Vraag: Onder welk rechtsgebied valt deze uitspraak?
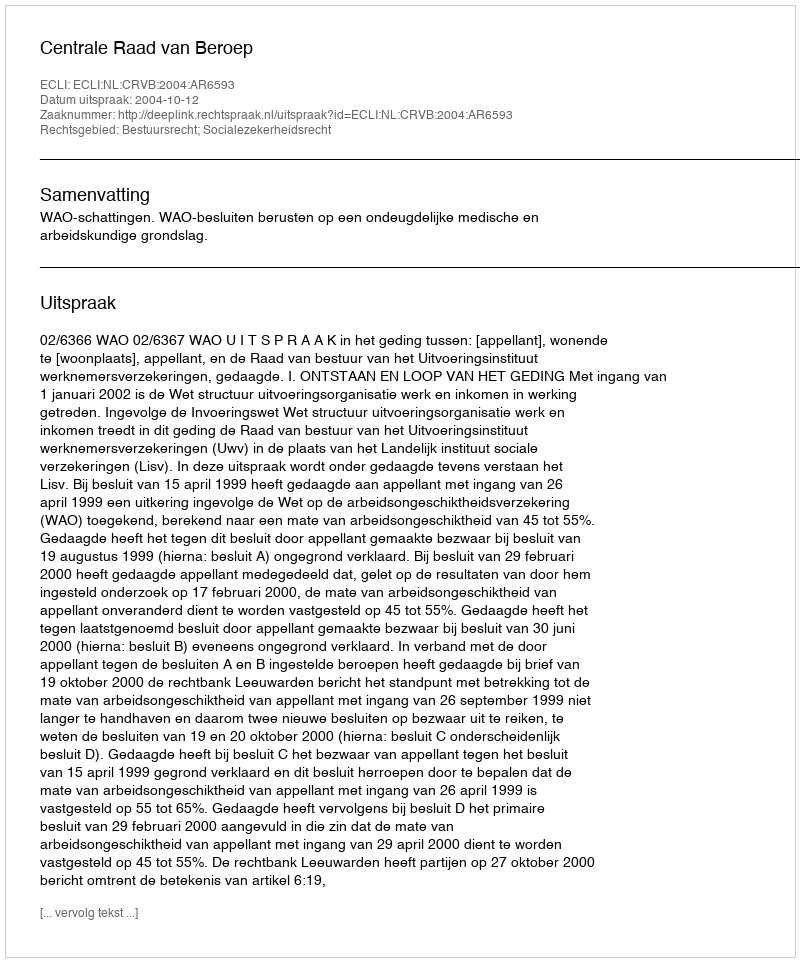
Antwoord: Bestuursrecht; Socialezekerheidsrecht